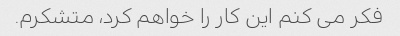
فکر می کنم این کار را خواهم کرد، متشکرم.